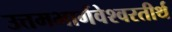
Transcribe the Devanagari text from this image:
उत्तमभार्गवेश्वरतीर्थ